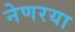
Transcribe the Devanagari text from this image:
नेणरया